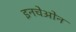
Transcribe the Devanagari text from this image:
इनचेओन